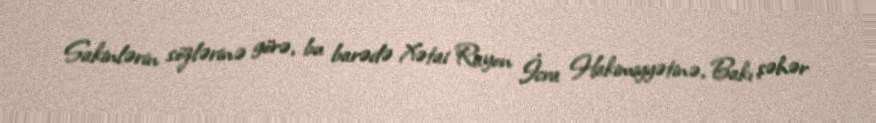
Sakinlərin sözlərinə görə, bu barədə Xətai Rayon İcra Hakimiyyətinə, Bakı şəhər